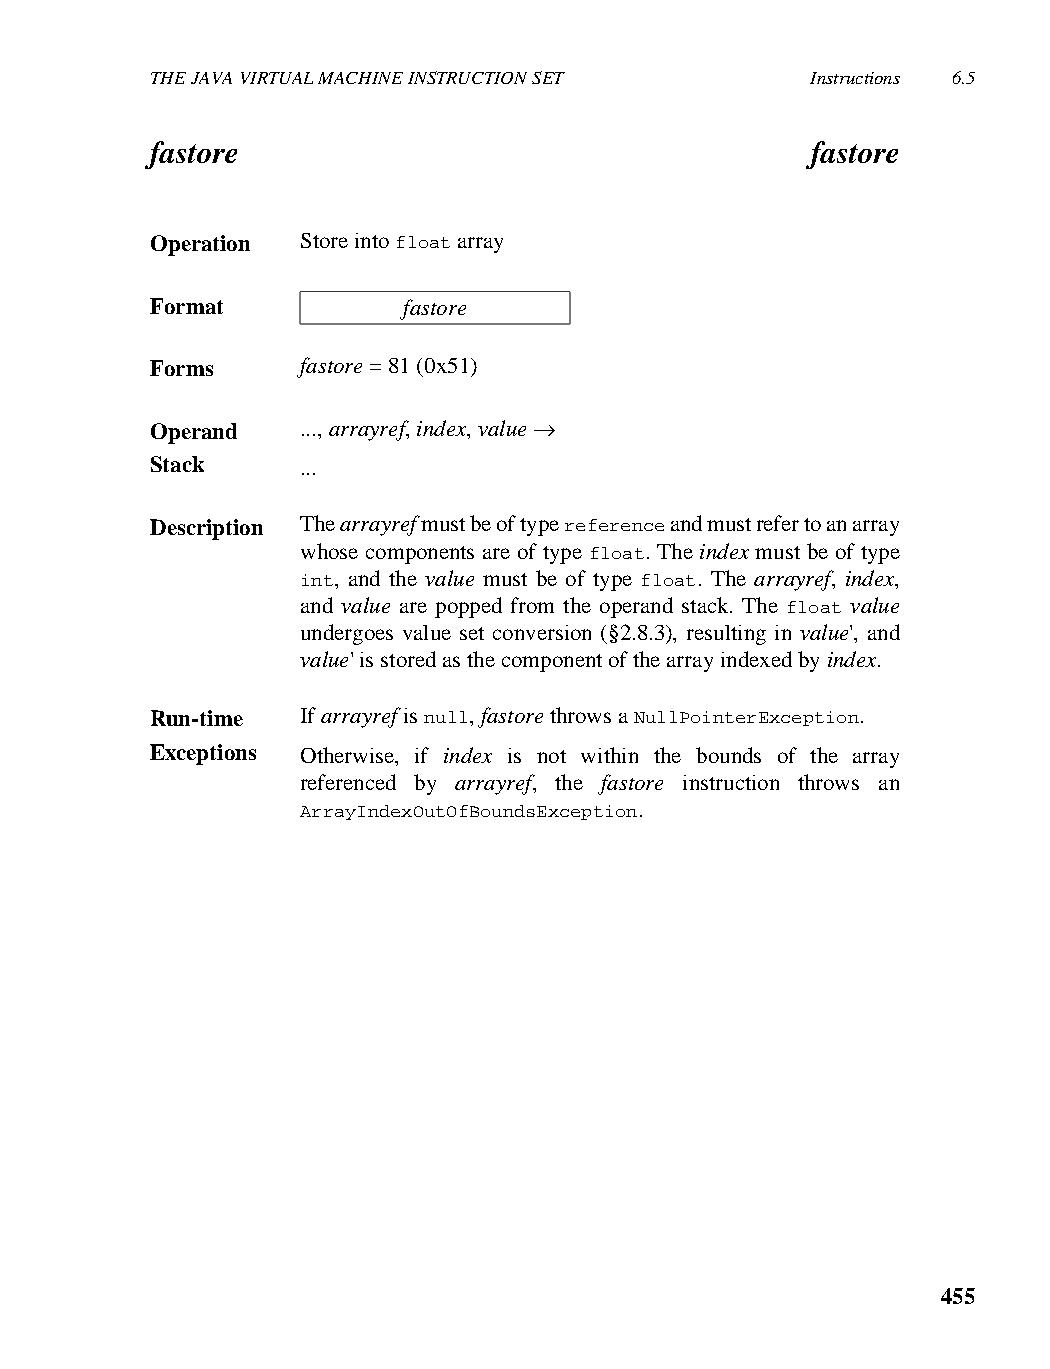
THE JAVA VIRTUAL MACHINE INSTRUCTION SET    Instructions 6.5
 fastore                                     fastore
 Operation Store into float array
 Format           fastore
 Forms     fastore = 81 (0x51)
 Operand   ..., arrayref, index, value →
 Stack     ...
 Description The arrayref must be of type reference and must refer to an array
 whose components are of type float. The index must be of type
 int, and the value must be of type float. The arrayref, index,
 and value are popped from the operand stack. The float value
 undergoes value set conversion (§2.8.3), resulting in value', and
 value' is stored as the component of the array indexed by index.
 Run-time  If arrayref is null, fastore throws a NullPointerException.
 Exceptions Otherwise, if index is not within the bounds of the array
 referenced by arrayref, the fastore instruction throws an
 ArrayIndexOutOfBoundsException.
 455